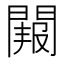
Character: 𮤑